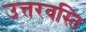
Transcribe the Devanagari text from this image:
उत्तरवस्ति